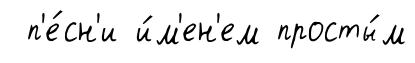
п'е́сн'и и́м'ен'ем просты́м